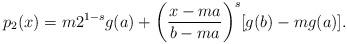
LaTeX: \begin{align*} p_{2}(x) = m2^{1-s}g(a)+\bigg(\frac{x-ma}{b-ma}\bigg)^s[g(b)-mg(a)]. \end{align*}